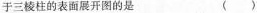
于三棱柱的表面展开图的是 ( )